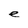
Character: e